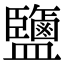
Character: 鹽